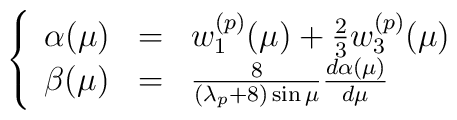
\left\{\begin{array}{lll}\alpha(\mu) & = &  w_1^{(p)}(\mu) + \frac{2}{3}w_3^{(p)}(\mu)\\\beta(\mu)&  = & \frac{8}{(\lambda_{p} +8)\sin \mu}\frac{d\alpha(\mu)}{d\mu}\end{array}\right.